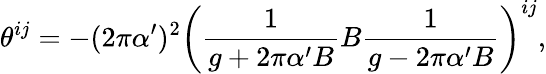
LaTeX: \theta^{ij}=-(2\pi\alpha^{\prime})^{2}\left(\frac{1}{g+2\pi\alpha^{\prime}B}B\frac{1}{g-2\pi\alpha^{\prime}B}\right)^{ij},